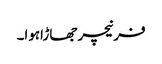
فرنیچر جھاڑاہوا۔